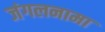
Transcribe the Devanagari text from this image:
जंगलनामा